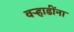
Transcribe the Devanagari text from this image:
वऱ्हाडींना